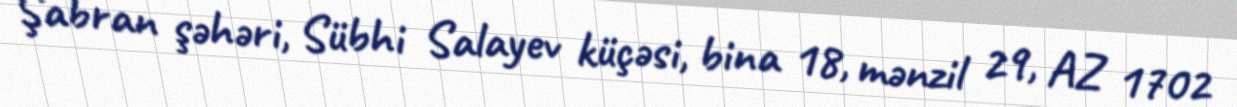
Şabran şəhəri, Sübhi Salayev küçəsi, bina 18, mənzil 29, AZ 1702